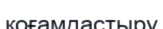
қоғамдастыру